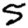
Digit: 5